Leningradi_Edasi_toimetus, lk 17
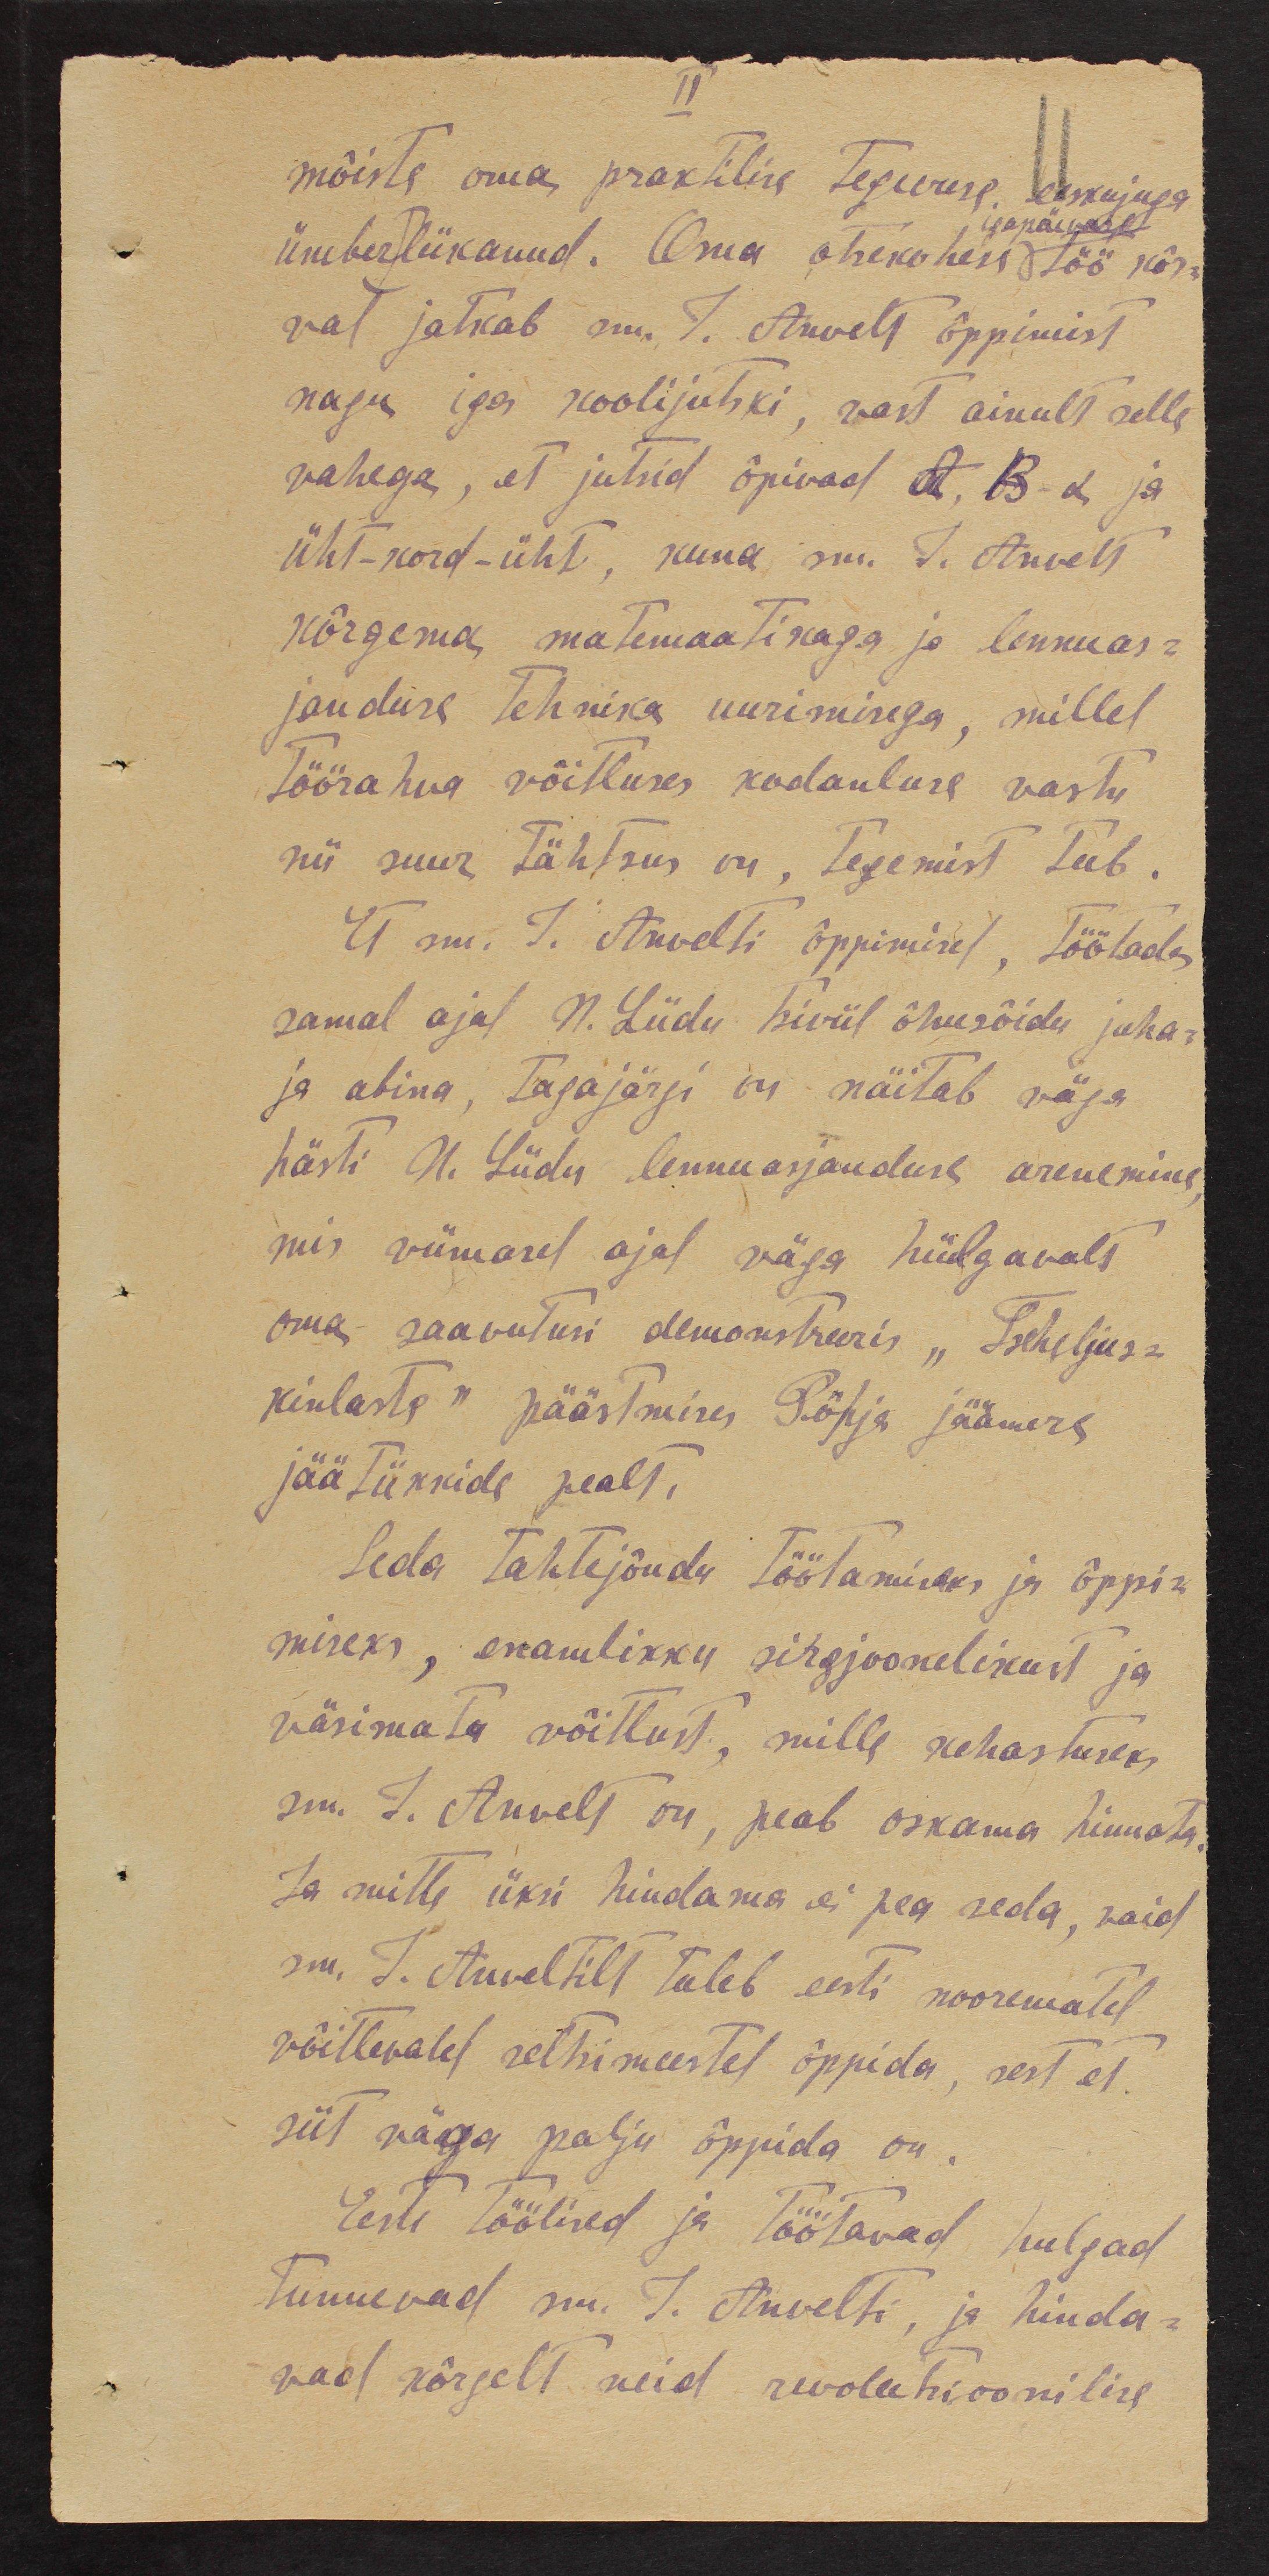
II
mõiste oma praktilise tegevuse eeskujuga
ümberlükanud. Oma otsekohese töö kõr-
val jatkab sm. J. Anvelt õppimist
nagu iga koolijutski, vast ainult selle
vahega, et jutsid õpivad A, B-d ja
üht-kord-üht, kuna sm. J. Anvelt
kõrgema matemaatikaga ja lennuas-
janduse tehnika uurimisega, millel
töörahva võitluses kodanluse vastu
nii suur tähtsus on, tegemist teeb.
Et sm. J. Anvelti õppimisel, töötades
samal ajal N.Liidu tsiviil õhusõidu juha-
ja abina, tagajärgi on näitab väga
hästi N. Liidu lennuasjanduse arenemine
mis viimasel ajal väga hiilgavalt
oma saavutusi demonstreeris „Iseheljus-
kinlaste“ päästmises Põhja jäämere
jäätükkide pealt.
Seda tahtejõudu töötamiseks ja õppi-
miseks, enamlikku sirgjoonelikust ja
väsimata võitlust, mille kehastuseks
sm. J. Anvelt on, peab oskama hinnata.
Ja mitte üksi hindama ei pea seda, vaid
sm. J. Anveltilt tuleb eesti noorematel
võitlevalel seltsimeestel õppida, sest et
siit väga palju õppida on
Eesti töölised ja töötavad hulgad
tunnevad sm. J. Anvelti, ja hinda-
vad kõrgelt neid revolutsioonilise